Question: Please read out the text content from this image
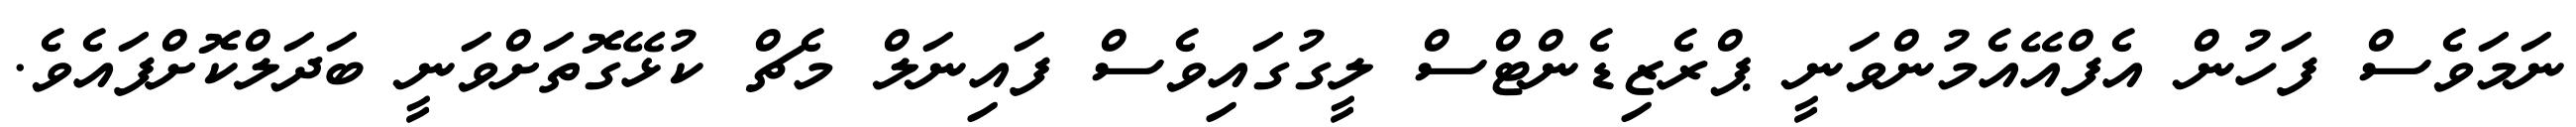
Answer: ނަމަވެސް ފަހުން އެފްއޭއެމުންވަނީ ޕްރެޒިޑެންޓްސް ލީގުގައިވެސް ފައިނަލް މެޗް ކުޅޭގޮތަށްވަނީ ބަދަލްކޮށްފައެވެ.